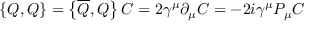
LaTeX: \left\{ Q , Q \right\} = \left\{ { \overline { { Q } } } , Q \right\} C = 2 \gamma ^ { \mu } \partial _ { \mu } C = - 2 i \gamma ^ { \mu } P _ { \mu } C